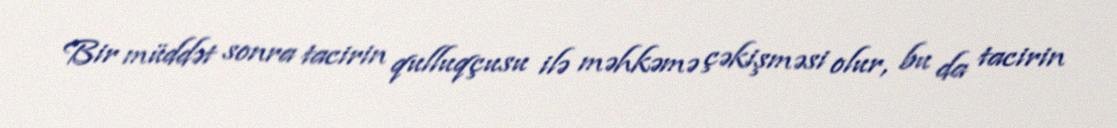
Bir müddət sonra tacirin qulluqçusu ilə məhkəmə çəkişməsi olur, bu da tacirin